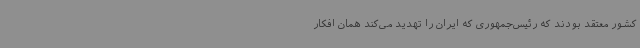
کشور معتقد بودند که رئیس‌جمهوری که ایران را تهدید می‌کند همان افکار